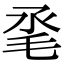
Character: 𣬻